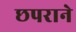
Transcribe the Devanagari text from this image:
छपराने